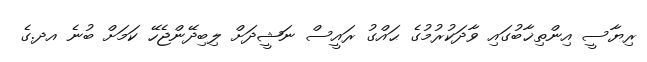
ރިޔާސީ އިންތިޚާބުގައި ވާދަކުރުމުގެ ޙައްގު ރައީސް ނަޝީދަށް ލިބިދޭންޖެހޭ ކަމަށް ބުނެ އދ.ގެ